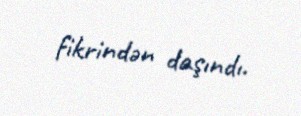
fikrindən daşındı.